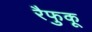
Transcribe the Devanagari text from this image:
रैफुकू